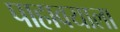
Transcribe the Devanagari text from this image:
पाहावयाला